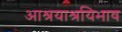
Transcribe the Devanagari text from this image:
आश्रयाश्रयिभाव